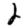
Digit: 2